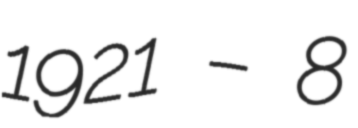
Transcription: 1921 – 8